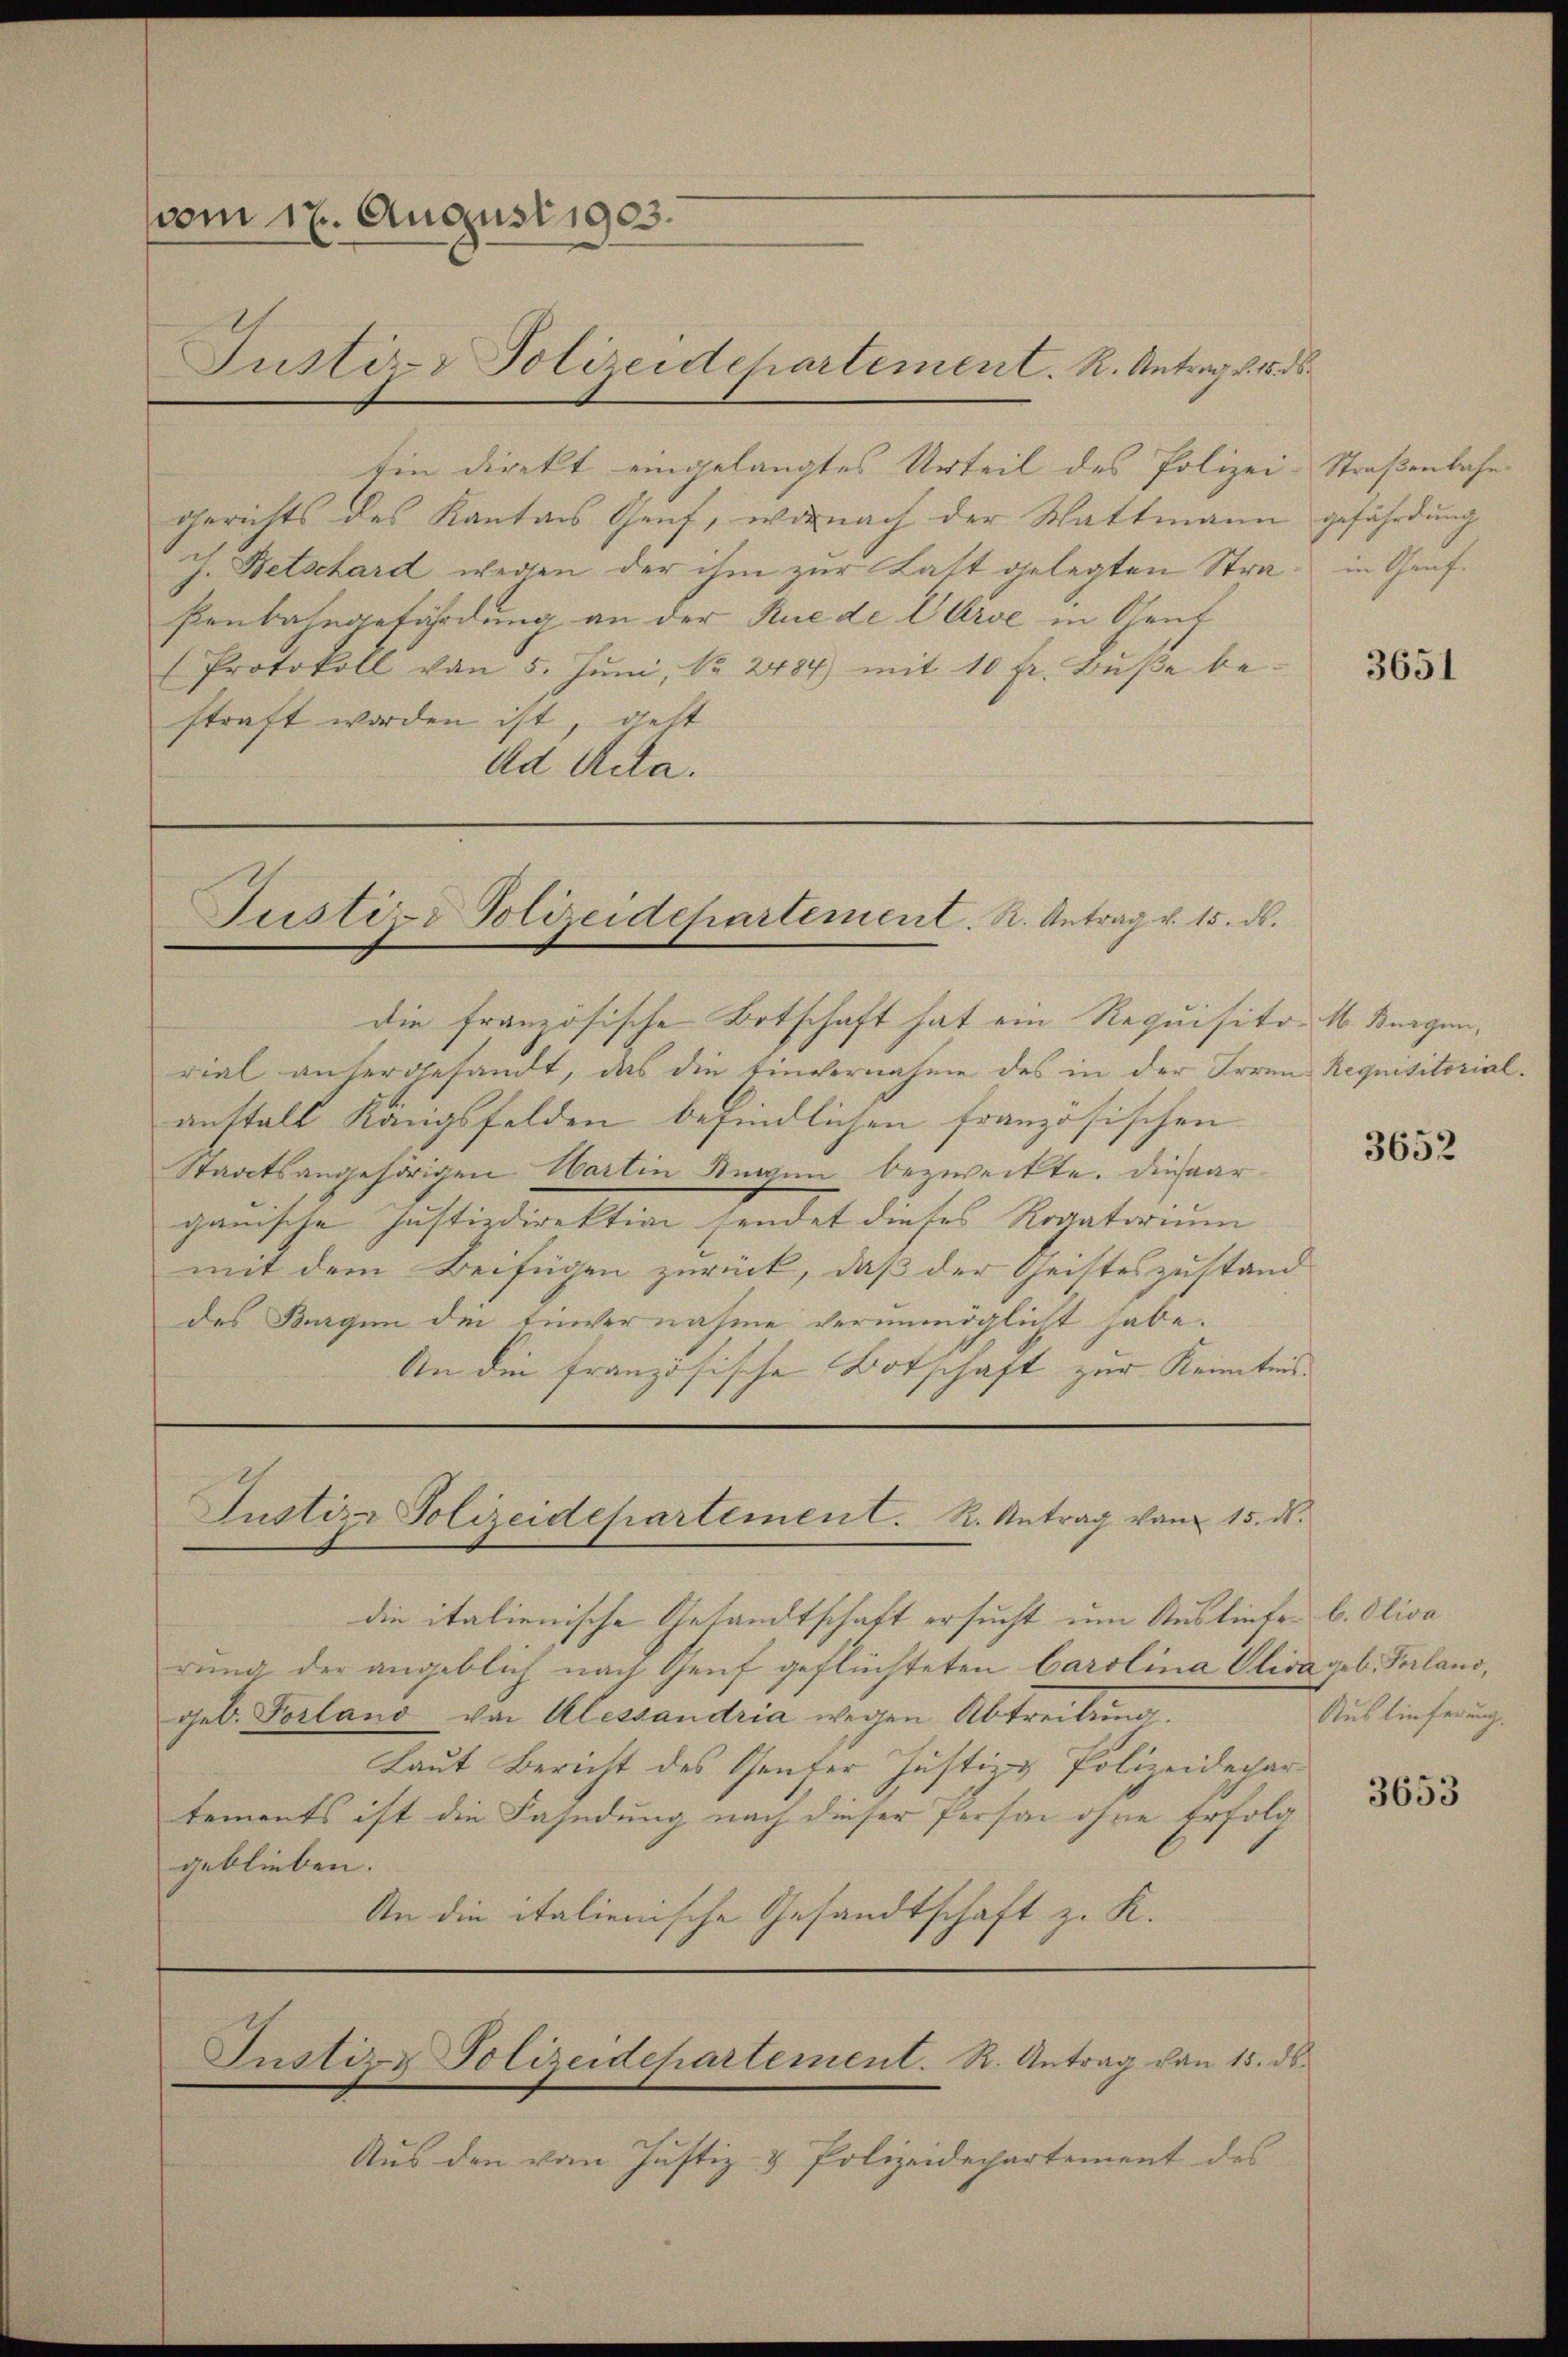
vom 17. August 1903.

Justiz- & Polizeidchartement. R. Antrages d
Ein direkt eingelangtes Urteil des Polizei.
Gerichts des Kantons Genf, wonach der Wattmann gefährdung
J. Betschard wegen der ihm zur Latt gelegten Stra- in Genfßenbahngefährdung an der Ruede Carde in Genf
Protokoll von 5. Jŭni, Nr. 2484) mit 10 fr. Bŭβe bestraft worden ist, gest
Ad Acta.

Justiz- & Polizeidchartement. R. Antrag v. 15. ds.

die französische Botschaft hat ein Requisito. M. Burgen,
rial anhergesandt, das die Einvernahme des in der Irren Requisitorialanstall Königsfelden befindlichen französischen
Staatsangehörigen Wartin Augen bezweckte. Dieser
gauische Justizdirektion sendet dieses Rogatorium
mit dem Beifügen zurück, daß der Geisteszustand
des Burgen die Einvernahme verunmöglicht habe.
An die französische Botschaft zur Kenntnis

Justiz- Polizeidepartement. R. Antrag vom 15. ds.

Instiz- Polizeidepartement. R. Antrag von 15. ds.

die italienische Gesandtschaft ersucht um Ausliefe. b. Oliva
rung der angeblich nach Genf geflüchteten Carolina Elisa geb. Verland,
geb. Perland von Alessandria wegen Abtreitung
Laut Bericht des Genfer Justiz & Polizeidechar
tements ist die Fahndung nach dieser Person ohne Erfolg
geblieben.
An die italienische Gesandtschaft z. K.

Aus den vom Justiz- & Polizeidepartement des

Straßenbahn.

3651

3652

Auslieferung.

3653